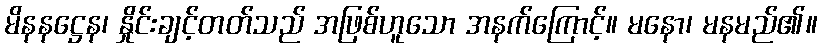
မိနနဋ္ဌေန၊ နှိုင်းချင့်တတ်သည် အဖြစ်ဟူသော အနက်ကြောင့်။ မနော၊ မနမည်၏။